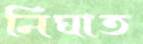
নিঘাত